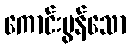
ကောင်းမွန်သော